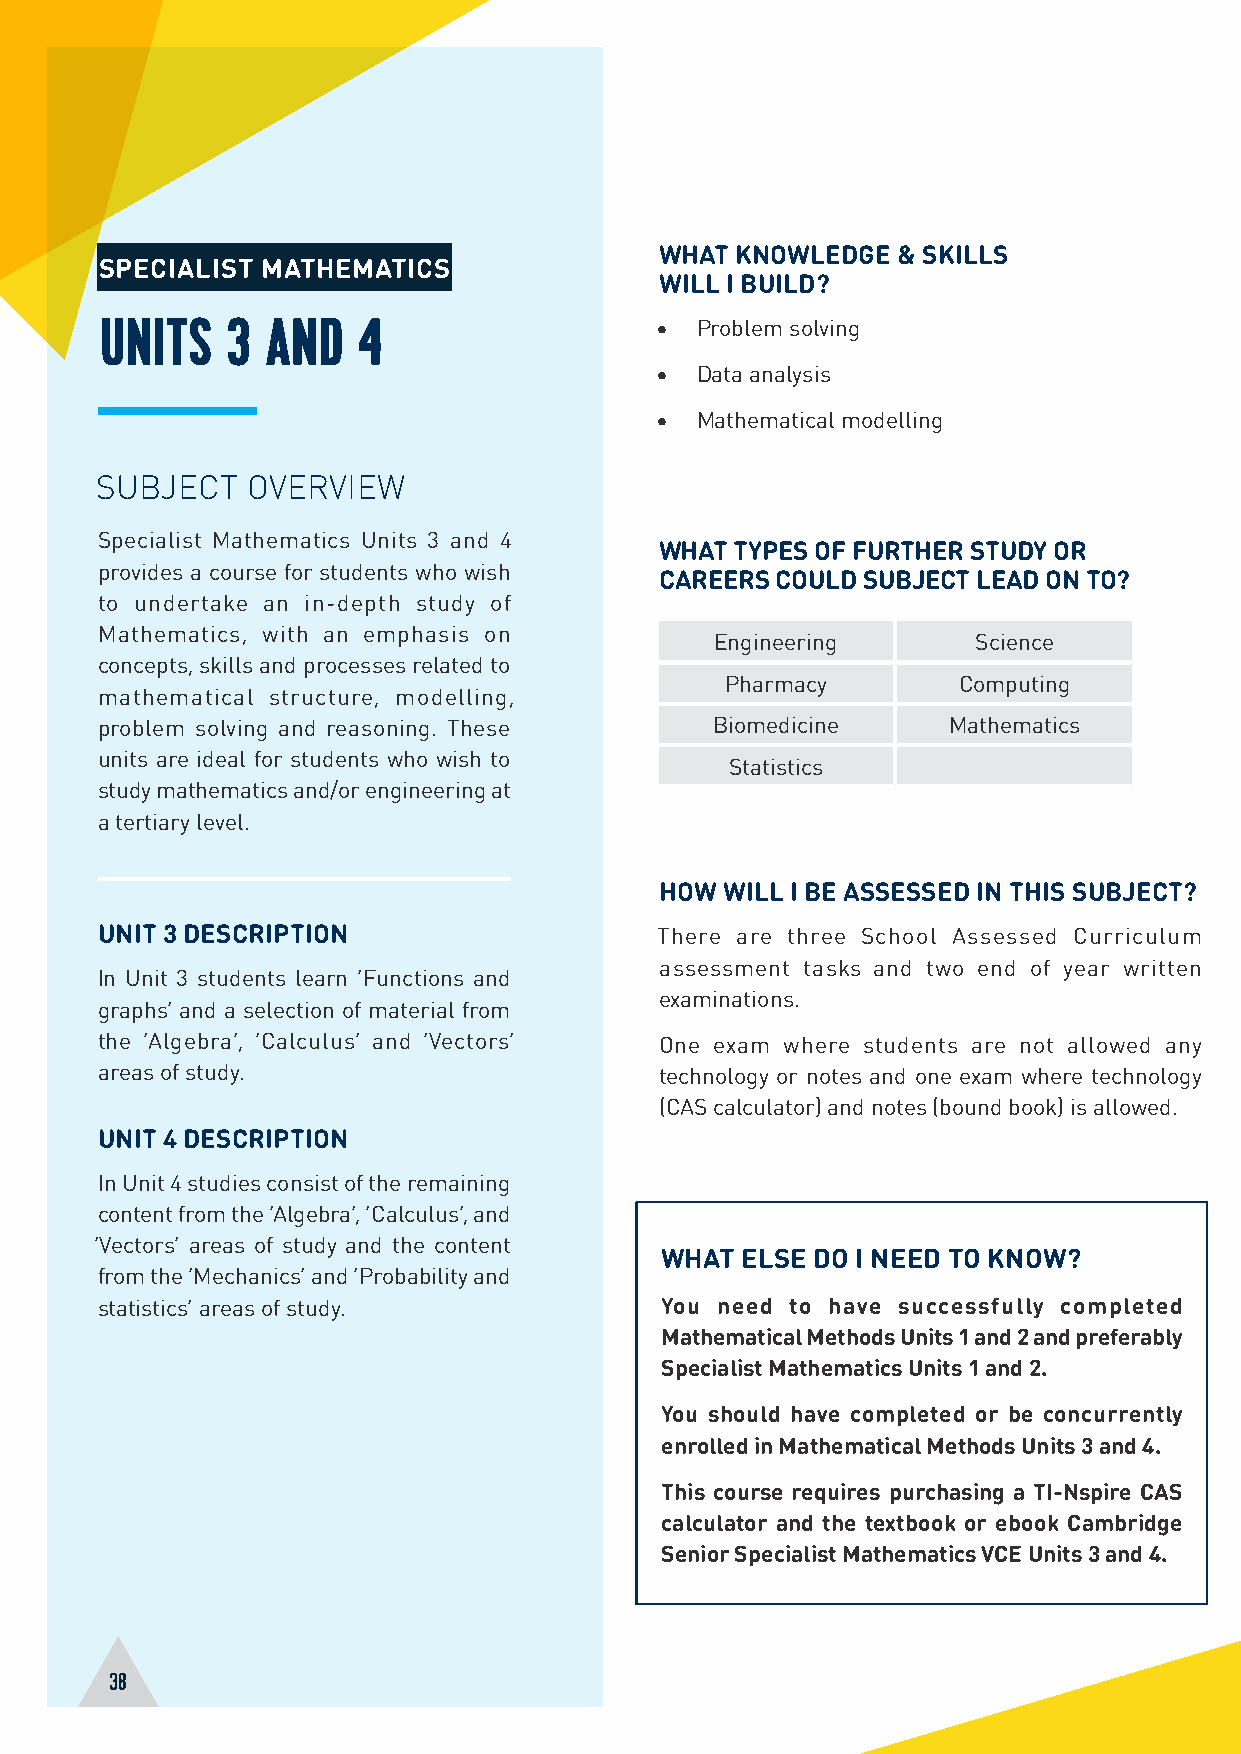
WHAT KNOWLEDGE & SKILLS
 SPECIALIST MATHEMATICS
 WILL I BUILD?
 UNITS   3  AND   4                  •  Problem solving
 •  Data analysis
 •  Mathematical modelling
 SUBJECT   OVERVIEW
 Specialist Mathematics Units 3 and 4
 WHAT TYPES OF FURTHER STUDY OR
 provides a course for students who wish
 CAREERS COULD SUBJECT LEAD ON TO?
 to undertake an in-depth study of
 Mathematics, with an emphasis on
 Engineering       Science
 concepts, skills and processes related to
 Pharmacy       Computing
 mathematical structure, modelling,
 problem solving and reasoning. These     Biomedicine     Mathematics
 units are ideal for students who wish to
 Statistics
 study mathematics and/or engineering at
 a tertiary level.
 HOW WILL I BE ASSESSED IN THIS SUBJECT?
 UNIT 3 DESCRIPTION                   There are three School Assessed Curriculum
 assessment tasks and two end of year written
 In Unit 3 students learn ‘Functions and
 examinations.
 graphs’ and a selection of material from
 the ‘Algebra’, ‘Calculus’ and ‘Vectors’ One exam where students are not allowed any
 areas of study.                       technology or notes and one exam where technology
 (CAS calculator) and notes (bound book) is allowed.
 UNIT 4 DESCRIPTION
 In Unit 4 studies consist of the remaining
 content from the ‘Algebra’, ‘Calculus’, and
 ‘Vectors’ areas of study and the content
 WHAT ELSE DO I NEED TO KNOW?
 from the ‘Mechanics’ and ‘Probability and
 statistics’ areas of study.           You need to have successfully completed
 Mathematical Methods Units 1 and 2 and preferably
 Specialist Mathematics Units 1 and 2.
 You should have completed or be concurrently
 enrolled in Mathematical Methods Units 3 and 4.
 This course requires purchasing a TI-Nspire CAS
 calculator and the textbook or ebook Cambridge
 Senior Specialist Mathematics VCE Units 3 and 4.
 38